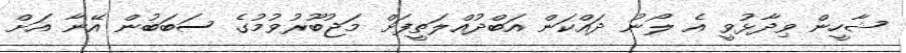
ޝާހީން ވިދާޅުވީ އެ ލޯނު ދައްކަން އަބްދުއްލަތީފަށް މަޖުބޫރުވުމުގެ ސަބަބުން އޭނާ އަށް